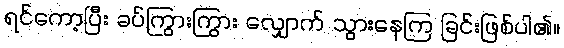
ရင်ကော့ပြီး ခပ်ကြွားကြွား လျှောက် သွားနေကြ ခြင်းဖြစ်ပါ၏။